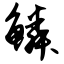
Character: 鳞